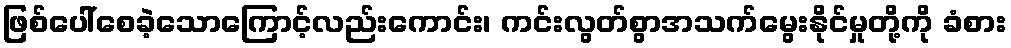
ဖြစ်ပေါ်စေခဲ့သောကြောင့်လည်းကောင်း၊ ကင်းလွတ်စွာအသက်မွေးနိုင်မှုတို့ကို ခံစား